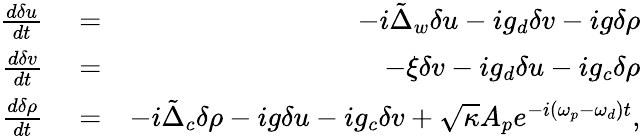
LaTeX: \begin{array}{rlr}{\frac{d\delta u}{dt}}&{{}=}&{-i\tilde{\Delta}_{w}\delta u-ig_{d}\delta v-ig\delta\rho}\\ {\frac{d\delta v}{dt}}&{{}=}&{-\xi\delta v-ig_{d}\delta u-ig_{c}\delta\rho}\\ {\frac{d\delta\rho}{dt}}&{{}=}&{-i\tilde{\Delta}_{c}\delta\rho-ig\delta u-ig_{c}\delta v+\sqrt{\kappa}A_{p}e^{-i(\omega_{p}-\omega_{d})t},}\end{array}